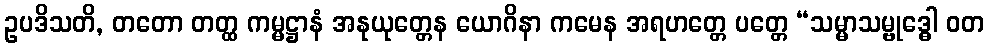
ဥပဒိသတိ, တတော တတ္ထ ကမ္မဋ္ဌာနံ အနုယုတ္တေန ယောဂိနာ ကမေန အရဟတ္တေ ပတ္တေ “သမ္မာသမ္ဗုဒ္ဓေါ ဝတ